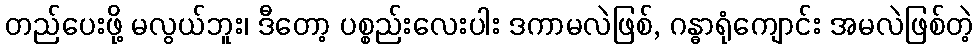
တည်ပေးဖို့ မလွယ်ဘူး၊ ဒီတော့ ပစ္စည်းလေးပါး ဒကာမလဲဖြစ်, ဂန္ဓာရုံကျောင်း အမလဲဖြစ်တဲ့